Annual report on the lock hospitals of the Madras Presidency
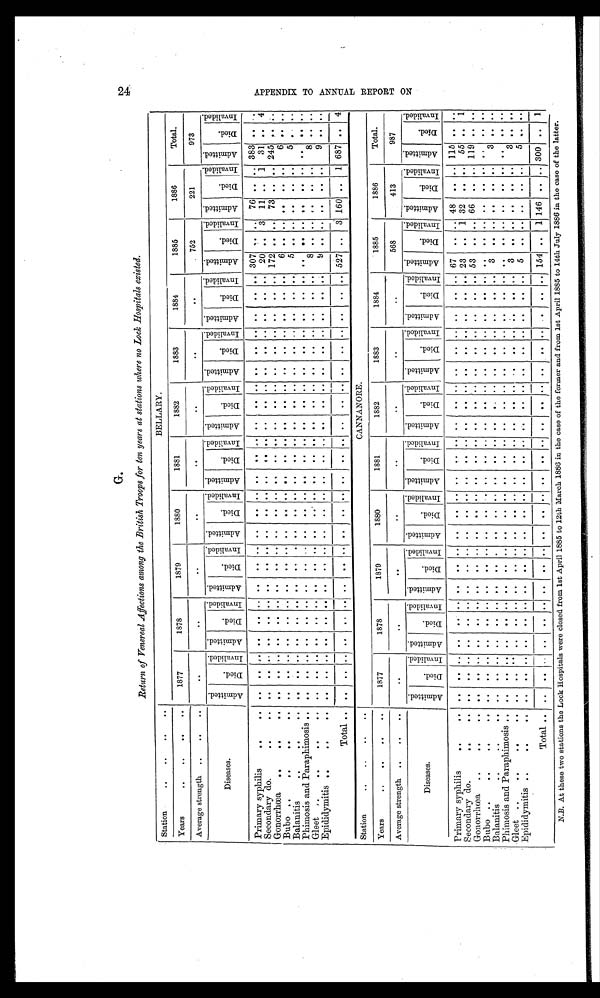
G.
Return of Venereal Affections among the British Troops for ten years at stations where no Lock Hospitals existed.
Station
..
..
..
..
BELLARY.
Years
..
..
.. ..
1877
1878
1879
1880
1881
1882
1883
1884
1885
1886
Total.
Average strength ..
..
..
. .
. .
. . . .
. .
. .
. .
. .
756
221
973
Diseases.
A d m i t t e d .
D i e d .
I n v a l i d e d .
Admitted.
D i e d .
I n v a l i d e d . A d m i t t e d .
D i e d .
I n v a l i d e d .
A d m i t t e d .
D i e d .
I n v a l i d e d . Admitted.
D i e d .
Invalided.
A d m i t t e d .
D i e d .
I n v a l i d e d .
A d m i t t e d .
Died.
I n v a l i d e d . A d m i t t e d .
D i e d .
Invalided.
A d m i t t e d .
D i e d .
I n v a l i d e d . A d m i t t e d .
Died.
I n v a l i d e d .
A d m i t t e d .
D i e d .
I n v a l i d e d .
Primary syphilis
. .
..
.. .. .. . .
.. .. ..
.. .. ..
.. .. ..
. . .. ..
. . .. . .
.. .. ..
.. .. 307 . .
. .
7 6 .. .. 383 .. ..
Secondary do.
..
.. ..
.. .. . .
.. .. ..
.. .. ..
.. .. ..
. . .. ..
. . .. . .
.. .. ..
.. .. 20 2 0 . .
3
1 1 .. 1 31 .. 4
Gonorrhœa
..
..
.. .. .. .. . .
.. .. ..
.. .. ..
.. .. ..
. . .. ..
. . .. . .
.. .. ..
.. .. 172 . . ..
7 3 .. .. 245 .. ..
Bubo ..
.. .. ..
.. .. .. . .
.. .. ..
.. .. ..
.. .. ..
. . .. ..
. . .. . .
.. .. ..
.. ..
6
. . . .
..
.. ..
6 .. ..
Balanitis
.. .. ..
.. .. .. ..
.. .. .. ..
.. ..
.. .. ..
.. .. ..
.. .. .. .. .. ..
.. ..
5 . .
. . ..
.. ..
5 . . ..
Phimosis and Paraphimosis ..
.. .. .. ..
.. .. ..
.. .. ..
.. .. ..
. . .. ..
. . .. .. .. .. .. .. .. .. .. .. .. .. ..
..
.. ..
Gleet ..
.. .. ..
..
.. .. . .
.. .. ..
.. .. ..
.. .. ..
. . .. ..
. . .. . .
.. .. ..
.. ..
8 ..
. . . .
. .
. .
8 .. ..
Epididymitis ..
..
..
. .
.. .. .. .. .. ..
.. .. ..
.. .. ..
. . .. ..
. . .. . .
.. .. ..
.. ..
9 ..
. . . .
. .
. .
9 .. ..
Total ..
..
..
..
. .
.. .. ..
.. .. ..
.. .. ..
. . .. ..
. . .. . .
.. .. ..
.. .. 527 ..
3 160
. . 1 687 .. 4
Station
..
.. .. ..
CANNANORE.
Years
..
.. .. ..
1877
1878
1879
1880
1881
1
882
1883
1884
1885
1886
Total.
Average strength ..
..
..
..
..
..
. .
. .
. .
..
. .
568
413
987
Diseases.
Admitted.
Died.
I n v a l i d e d .
A d m i t t e d .
D i e d .
I n v a l i d e d .
A d m i t t e d .
D i e d .
I n v a l i d e d .
A d m i t t e d .
D i e d .
I n v a l i d e d .
A d m i t t e d .
D i e d .
I n v a l i d e d . A d m i t t e d .
Died.
I n v a l i d e d .
A d m i t t e d .
Died.
I n v a l i d e d . A d m i t t e d .
Died.
Invalided. A d m i t t e d .
D i e d .
I n v a l i d e d . A d m i t t e d .
D i e d .
Invalided.
A d m i t t e d .
D i e d .
Invalided.
Primary syphilis
.. ..
.. .. .. .. .. ..
. . .. .. ..
.. .. ..
.. .. ..
.. .. ..
.. .. ..
.. .. 67
.. .. 48 .. .. 115 .. ..
Secondary do.
..
.
.
.. .. ..
..
.. ..
. . . . .. ..
.. .. ..
. . .. ..
. . ..
. .
.. .. ..
.. .. 23
. .
1 32 .. .. 55 ..
1
Gonorrhœa
..
..
.. .. .. .. .. .. ..
. . . . .. ..
.. .. ..
. . .. ..
. . ..
. .
.. .. ..
.. .. 53
.. .. 66 .. .. 119 .. ..
Bubo ..
..
.. ..
.. .. ..
. .
.. ..
. . .. .. ..
.. .. ..
. . .. ..
. . ..
. .
.. .. ..
.. ..
..
. . .. ..
.. ..
..
.. ..
Balanitis
..
.. ..
.. .. ..
. .
.. ..
. . .. . .
..
.. .. ..
. . .. ..
. . ..
. .
.. .. ..
.. .. 3
.. .. .. .. ..
3 .. ..
Phimosis and Paraphimosis ..
.. .. .. .. .. ..
. . .. .. ..
.. .. ..
. . .. ..
. . ..
. .
.. .. ..
.. ..
..
. . .. . .
.. ..
..
.. ..
Gleet ..
..
..
.. .. .. .. .. .. ..
. .
.. .. ..
.. .. ..
.. .. ..
.. .. .. .. .. ..
.. .. 3 .. .. ..
.. ..
3 .. ..
Epididymitis ..
..
.. .. .. ..
..
.. ..
. . .. .. ..
.. .. ..
. . .. ..
. . ..
. .
.. .. ..
.. .. 5
. . .. ..
.. ..
5 .. ..
Total .. ..
.. . .
. .
.. ..
. .
.. ..
..
.. .. ..
. . .. ...
. . ..
. . .. .. ..
.. .. 154 .. 1 146 .. .. 300 ..
1
N.B. At these two stations the Lock Hospitals were closed from 1st April 1885 to 12th March 1886 in the case of the former and from 1st April 1885 to 14th July 1886 in the case of the latter.
2 4 A P P E N D I X T O A N N U A L R E P O R T O N